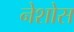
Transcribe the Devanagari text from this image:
नेशोस